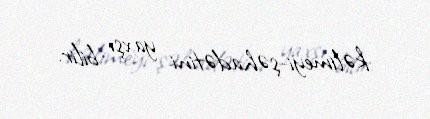
kəlimeyi-şəhadətini yaxşı bilir.